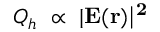
Q _ { h } \ \propto \ | \bf { E } ( \bf { r } ) | ^ { 2 }